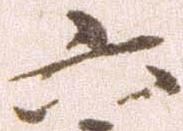
六